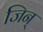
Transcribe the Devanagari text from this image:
जिन्